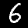
Label: 6